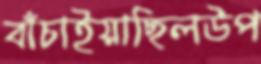
বাঁচাইয়াছিলউপ